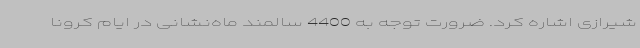
شیرازی اشاره کرد. ضرورت توجه به 4400 سالمند ماه‌نشانی در ایام کرونا